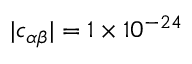
| c _ { \alpha \beta } | = 1 \times 1 0 ^ { - 2 4 }